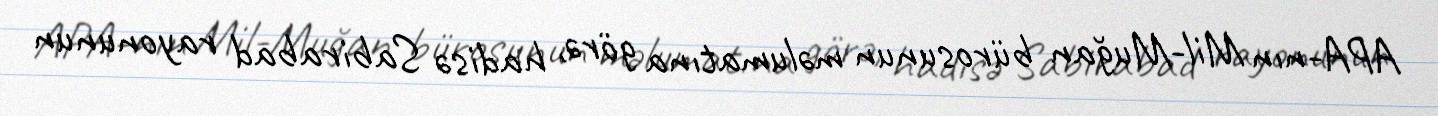
APA-nın Mil-Muğan bürosunun məlumatına görə, hadisə Sabirabad rayonunun